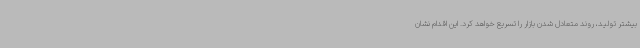
بیشتر تولید، روند متعادل شدن بازار را تسریع خواهد کرد. این اقدام نشان